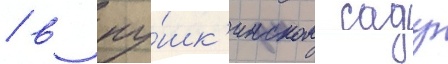
/ в пу́шк'инском саду